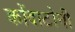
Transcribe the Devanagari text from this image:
कोंदाटोनी